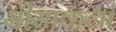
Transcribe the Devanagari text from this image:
मीसाकलां